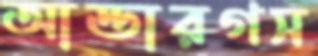
আন্ডারগস